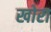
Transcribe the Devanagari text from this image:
खोरा